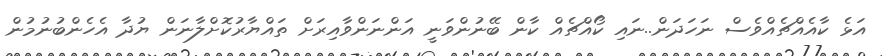
އަޅެ ކާއެއްޗެއްވެސް ނަހަދަން..ނައި ކޯއްޗެއް ކާން ބޭނުންވަނީ އަންނަންވާއިރަށް ތައްޔާރުކޮށްލާނަން ޔުދާ އެހެންބުނުމުން